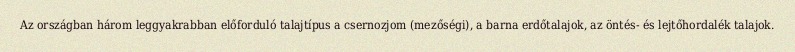
Az országban három leggyakrabban előforduló talajtípus a csernozjom (mezőségi), a barna erdőtalajok, az öntés- és lejtőhordalék talajok.